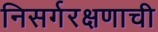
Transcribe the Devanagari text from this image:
निसर्गरक्षणाची